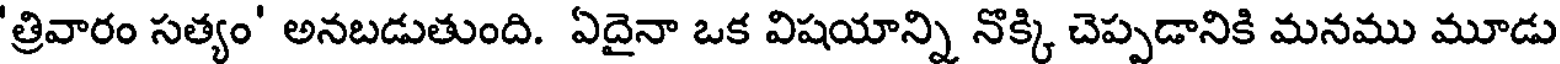
'త్రివారం సత్యం' అనబడుతుంది. ఏదైనా ఒక విషయాన్ని నొక్కి చెప్పడానికి మనము మూడు